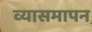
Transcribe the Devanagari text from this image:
व्यासमापन